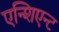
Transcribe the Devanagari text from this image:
एन्शिएन्ट